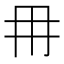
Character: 𭁠